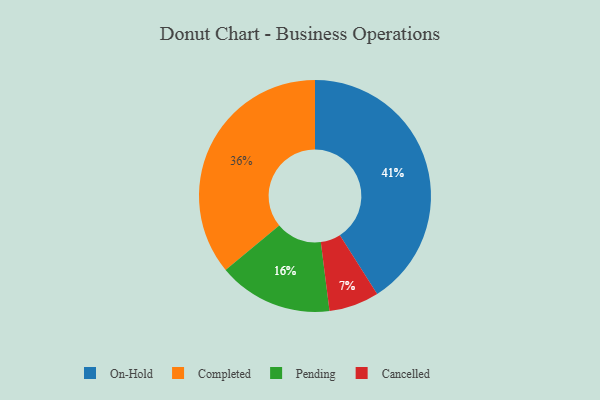
{"axis": {"x": "Category", "y": "Percentage"}, "legend": ["Cancelled", "Completed", "On-Hold", "Pending"], "data": [{"x": "On-Hold", "y": 41, "type": "On-Hold"}, {"x": "Completed", "y": 36, "type": "Completed"}, {"x": "Pending", "y": 16, "type": "Pending"}, {"x": "Cancelled", "y": 7, "type": "Cancelled"}]}